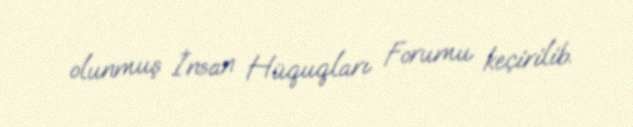
olunmuş İnsan Hüquqları Forumu keçirilib.